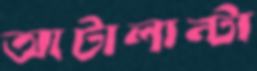
আটালান্টা